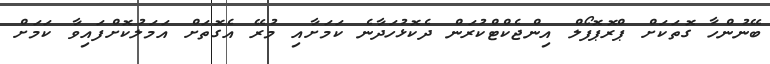
ބޭނުންހާ ގޮތަކަށް ޕްރޮޕޮފޯލް އިންޖެކްޓްކުރަން ދެކޮޅުހަދާނެ ކަމަށާއި މުރޭ އެގޮތަށް އަމަލުކޮށްފައިވާ ކަމަށް